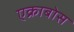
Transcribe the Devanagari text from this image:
एक्राबोस